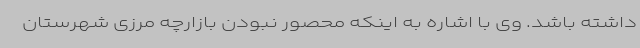
داشته باشد. وی با اشاره به اینکه محصور نبودن بازارچه مرزی شهرستان